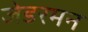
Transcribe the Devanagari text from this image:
जेडरमन